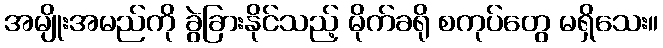
အမျိုးအမည်ကို ခွဲခြားနိုင်သည့် မိုက်ခရို စကုပ်တွေ မရှိသေး။